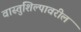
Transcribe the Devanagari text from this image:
वास्तुशिल्पावरील